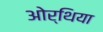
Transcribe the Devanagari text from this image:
ओर्थिया